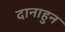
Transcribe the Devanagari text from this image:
दानाहुन